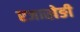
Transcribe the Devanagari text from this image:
रजाखेङी